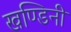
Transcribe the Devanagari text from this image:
खण्डिनी